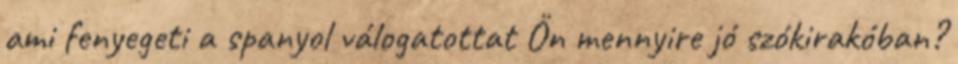
ami fenyegeti a spanyol válogatottat Ön mennyire jó szókirakóban?